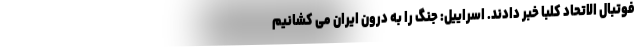
فوتبال الاتحاد کلبا خبر دادند. اسراییل: جنگ را به درون ایران می کشانیم